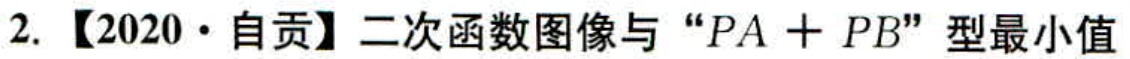
2. 【2020·自贡】二次函数图像与 “\(PA + PB\)” 型最小值